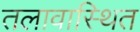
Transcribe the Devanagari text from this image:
तलावास्थित